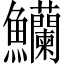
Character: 𬵿